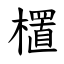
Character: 㯰